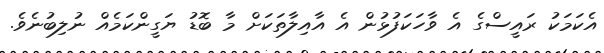
އެކަމަކު ރައީސްގެ އެ ވާހަކަފުޅުން އެ އާއިލާތަކަށް މާ ބޮޑު ޔަގީންކަމެއް ނުލިބުނެވެ.